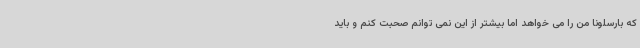
که بارسلونا من را می خواهد اما بیشتر از این نمی توانم صحبت کنم و باید